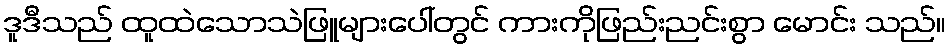
ဒူဒီသည် ထူထဲသောသဲဖြူများပေါ်တွင် ကားကိုဖြည်းညင်းစွာ မောင်း သည်။